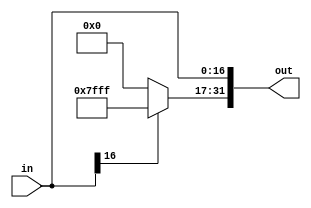
module signExtension(in, out);
	input [16:0] in;
	output [31:0]  out;
	
	assign out[16: 0] = in[16:0];
	assign out[31:17] = in[16] ? 15'b111111111111111 : 15'b0;
	
endmodule